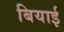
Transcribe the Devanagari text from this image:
बियाई